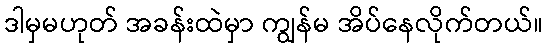
ဒါမှမဟုတ် အခန်းထဲမှာ ကျွန်မ အိပ်နေလိုက်တယ်။